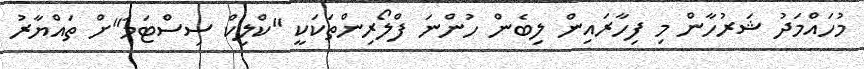
މުހައްމަދު ޝަރުހާން މި ފިހާރައިން ލިބެން ހުންނަ ފްލޯރިންތަކަކީ "ކްލިކް ސިސްޓަމަ"ށް ތައްޔާރު